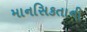
માનસિકતાની